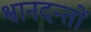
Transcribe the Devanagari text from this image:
श्वानदन्तों